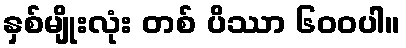
နှစ်မျိုးလုံး တစ် ပိဿာ ၆၀၀ပါ။